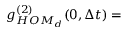
g _ { H O M _ { d } } ^ { ( 2 ) } ( 0 , \Delta t ) =